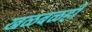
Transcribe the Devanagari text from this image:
खळबळही